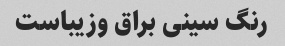
رنگ سینی براق وزیباست